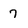
Character: 7